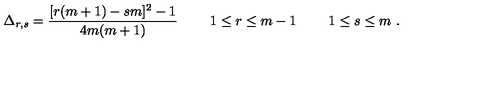
\Delta _ { r , s } = { \frac { [ r ( m + 1 ) - s m ] ^ { 2 } - 1 } { 4 m ( m + 1 ) } } \ \qquad 1 \leq r \leq m - 1 \ \qquad 1 \leq s \leq m \ .